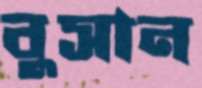
বুসান